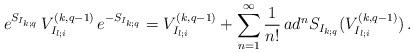
LaTeX: \begin{align*}e^{S_{I_{k;q}}}\,V^{(k,q-1)}_{I_{l;i}}\,e^{-S_{I_{k;q}}}=V^{(k,q-1)}_{I_{l;i}}+\sum_{n=1}^{\infty}\frac{1}{n!}\,ad^{n}S_{I_{k;q}}(V^{(k,q-1)}_{I_{l;i}}) \,.\end{align*}